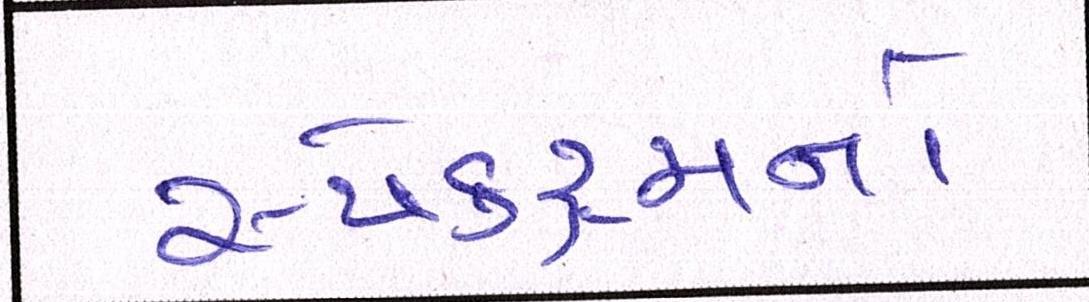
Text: સ્પેક્ટ્રમનો